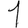
Digit: 1